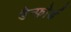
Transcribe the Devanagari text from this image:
डैन्फ़ोर्ड